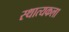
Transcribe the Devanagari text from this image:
स्थात्यकला